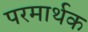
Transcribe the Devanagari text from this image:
परमार्थक